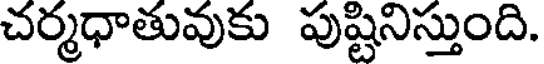
చర్మధాతువుకు పుష్టినిస్తుంది.